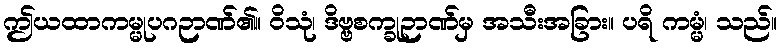
ဤယထာကမ္မုပဂဉာဏ်၏။ ဝိသုံ၊ ဒိဗ္ဗစက္ခုဉာဏ်မှ အသီးအခြား။ ပရိ ကမ္မံ၊ သည်။